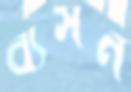
ব্যসন